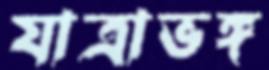
যাত্রাভঙ্গ